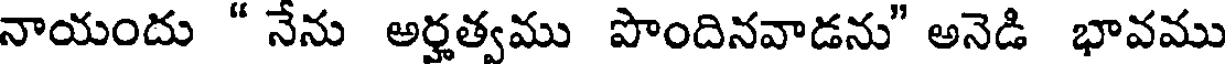
నాయందు " నేను అర్హత్వము పొందినవాడను" అనెడి భావము